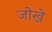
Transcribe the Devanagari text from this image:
जोखे